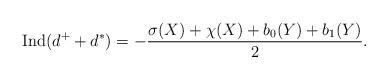
LaTeX: \begin{align*} \operatorname{Ind}(d^+ + d^*) = - \frac{\sigma(X) + \chi(X) + b_0 (Y) + b_1(Y)}{2} . \end{align*}